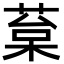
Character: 葈